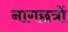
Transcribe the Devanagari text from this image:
नागछत्रों